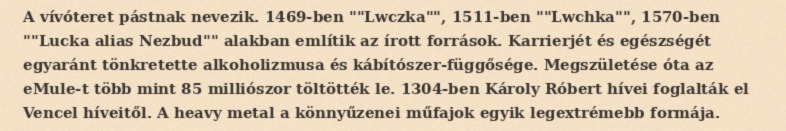
A vívóteret pástnak nevezik. 1469-ben ""Lwczka"", 1511-ben ""Lwchka"", 1570-ben ""Lucka alias Nezbud"" alakban említik az írott források. Karrierjét és egészségét egyaránt tönkretette alkoholizmusa és kábítószer-függősége. Megszületése óta az eMule-t több mint 85 milliószor töltötték le. 1304-ben Károly Róbert hívei foglalták el Vencel híveitől. A heavy metal a könnyűzenei műfajok egyik legextrémebb formája.